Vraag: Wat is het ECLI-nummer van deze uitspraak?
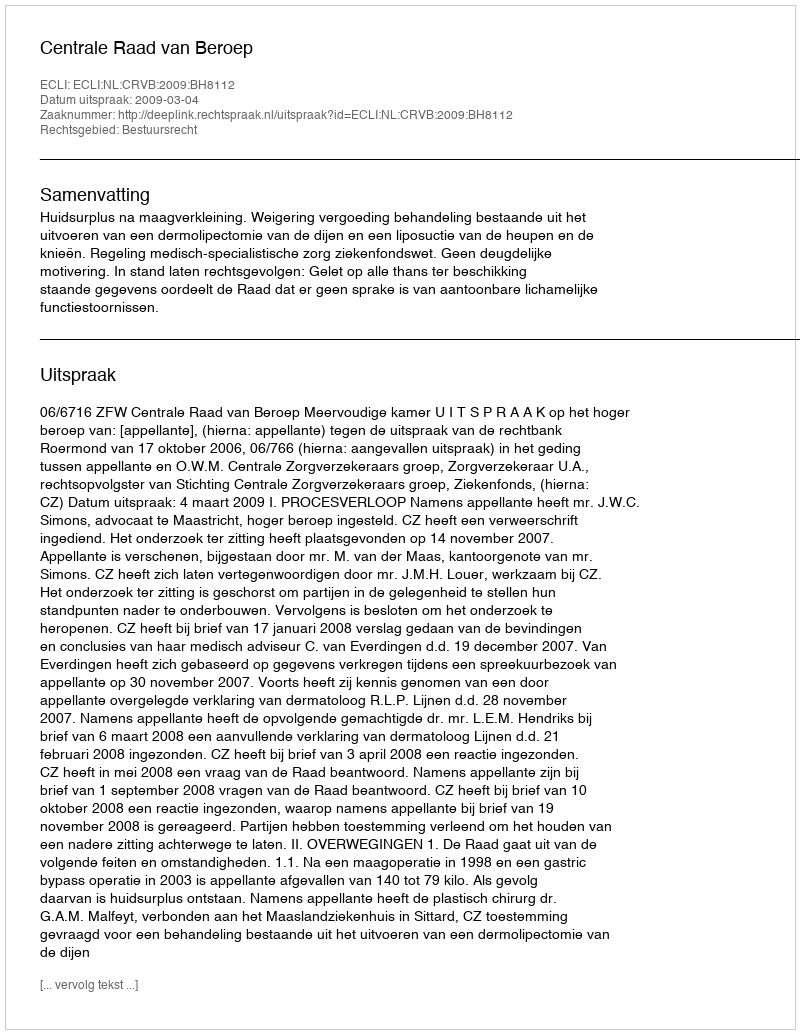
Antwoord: ECLI:NL:CRVB:2009:BH8112